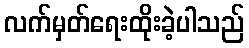
လက်မှတ်ရေးထိုးခဲ့ပါသည်